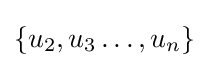
\{u_{2},u_{3}\dots ,u_{n}\}